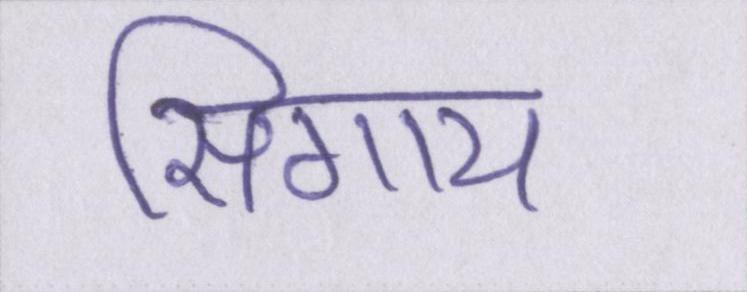
सिगाय